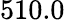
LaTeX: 510.0